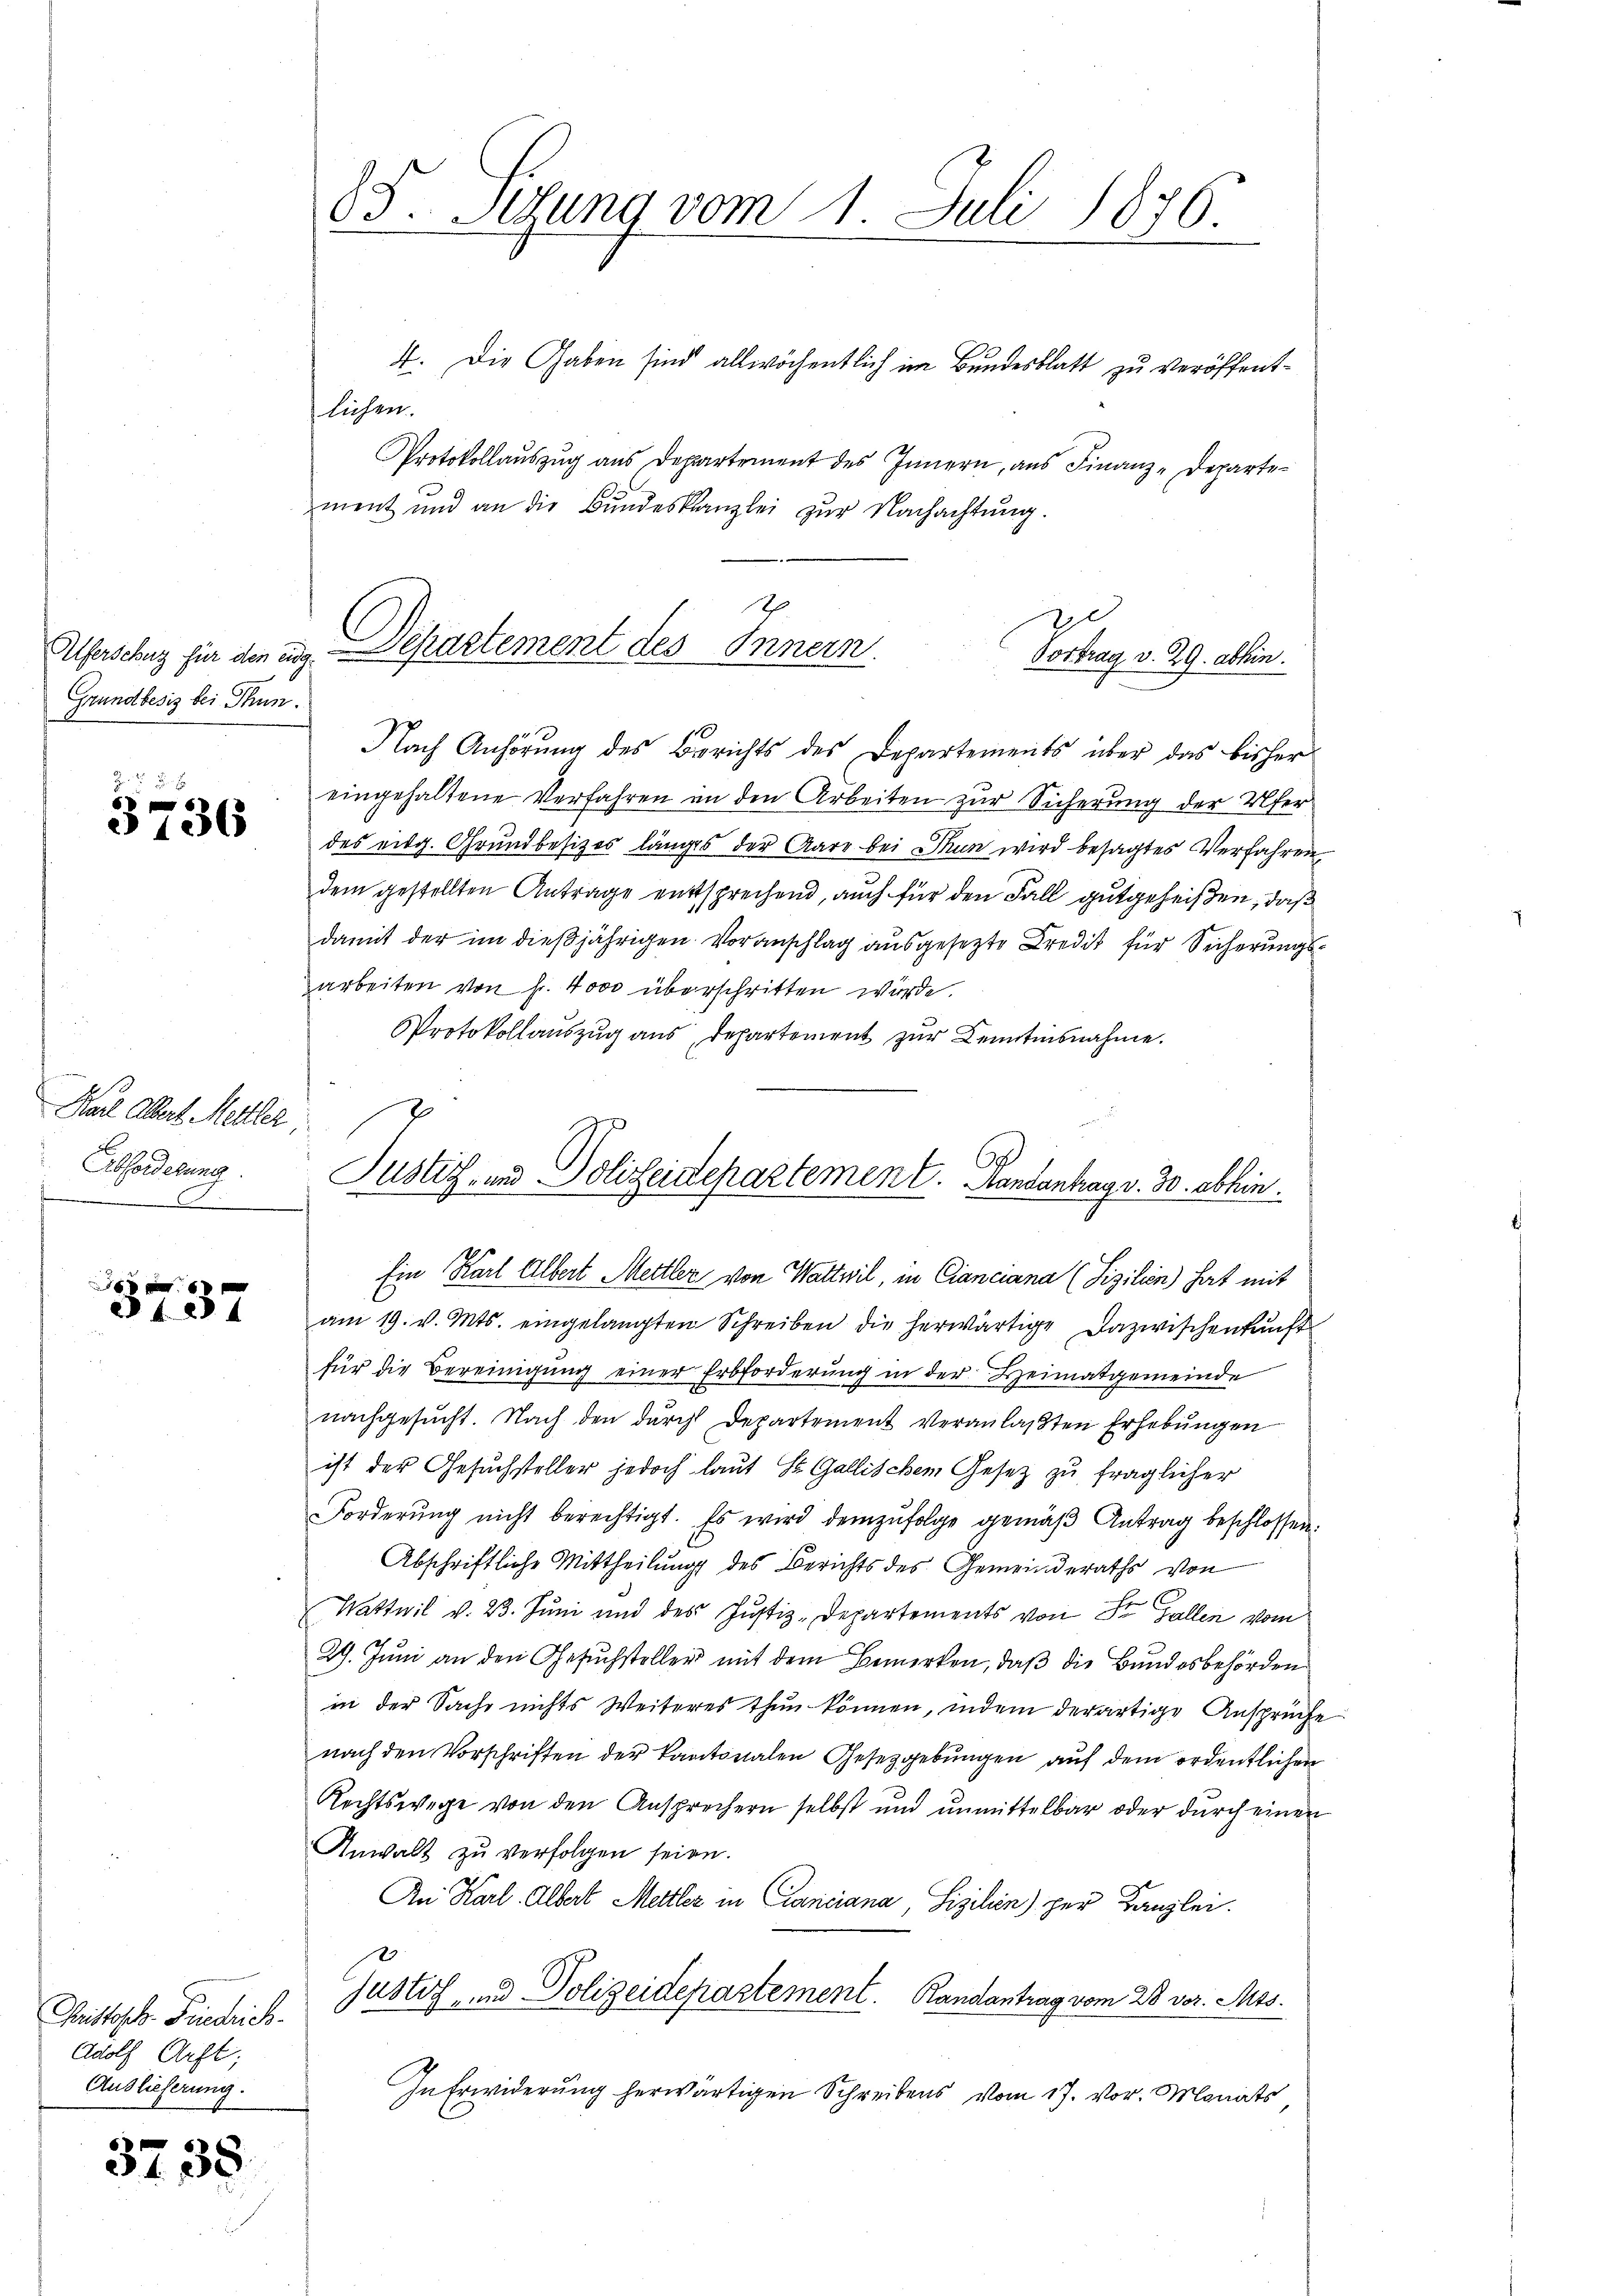
Grundbesiz bei Thun.

3136

Den Art. Mitter
Abforderung
.

4. 284

Christoph Friedrich
Adolf Arft;
Auslieferung.

3735

85. Sedung vom 1. Juli 1876

4. Die Gaben sind allwöchentlich im Bundesblatt zu veröffentlichen.
Protokollauszug aus Departement des Innern, aus Finanz-Departement und an die Bundeskanzlei zur Nachachtung.
Nach Anhörung des Berichts des Departements über das bisher
eingehaltene Verfahren an den Arbeiten zur Sicherung der Ufer
des eidg. Grundbesizes länges der Aare bei Thun wird besagtes Verfahren
dem gestellten Antrage entsprechend, auch für den Fall gutgeheißen, daß
damit der im dießjährigen Voranschlag ausgesezte Kredit für Sicherungsarbeiten von Fr. 4000 überschritten würde.
Protokollauszug aus Departement zur Kenntnisnahme.
Justiz- und Polizeidepartement. Handantag v. 30. abhin

1
Alferschuz für den ung. Separtement des Innern
Vortrag v. 29. abhin.

Ein Karl Albert Mettler von Wattwil, in Cianciana (Fizilien) hat mit
am 19. v. Mts. eingelangten Schreiben die herwärtige Dazwischenkunft
für die Bereinigŭng einer Erbforderung in der Heimatgemeinde
nachgesucht. Nach den durch Departement veranlaßten Erhebungen
ist der Gesuchsteller jedoch laut St. Gallischem Gesetz zu fraglicher
Forderung nicht berechtigt. Es wird demzufolge gemäß Antrag beschlossen:
Abschriftliche Mittheilung des Berichts des Gemeinderaths von
Wattwil v. 23. Juni und des Justiz-Departements von Sr. Gallen vom
29. Juni an den Gesuchsteller mit dem Bemerken, daß die Bundesbehörden
in der Sache nichts Weiteres thun können, indem derartige Ansprüche
nach den Vorschriften der Kantonalen Gesetzgebungen auf dem ordentlichen
Rechtswege von den Ansprechern selbst und unmittelbar oder durch einen
Anwalt zu verfolgen seien.
An Karl Albert Mettler in Cinciana Sizilien) zur Kanzlei.
justiz- und Polizeidepartement. Randantrag vom 28. vor. Mts.
In Erwiderung herwärtigen Schreibens vom 17. vor. Monats
s